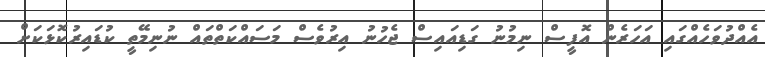
އެއްދުވަހެއްގައި އަހަރެން އޮފީސް ނިމުނު ގަޑިއައިސް ޖެހުނު އިރުވެސް މަސައްކަތްތައް ނުނިމޭތީ ކުޑައިރުކޮޅަކަށް